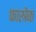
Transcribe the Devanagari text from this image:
फास्त्रेक